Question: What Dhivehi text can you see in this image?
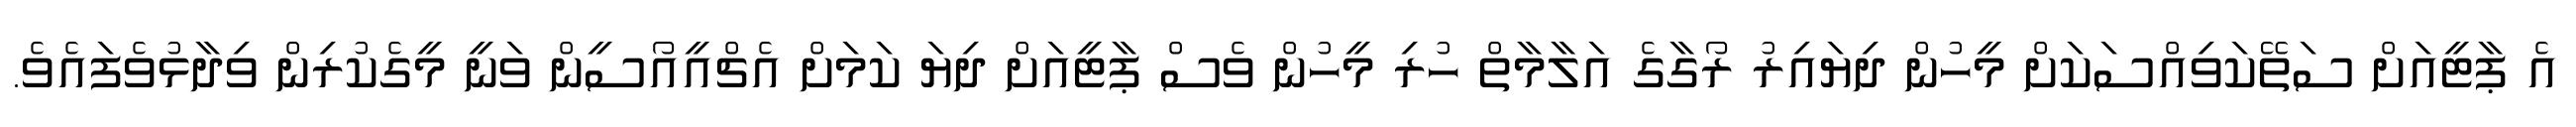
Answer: އެ ޕާޓީއަށް ސަތޭކަވިއްސަކަށް މީހުން ދިޔައިރު ރޯގާގެ އަލާމާތް ހުރި މީހުން ވެސް ޕާޓީއަށް ދިޔަ ކަމަށް އެޗްއީއޯސީން ވަނީ މީގެކުރިން ވިދާޅުވެފައެވެ.